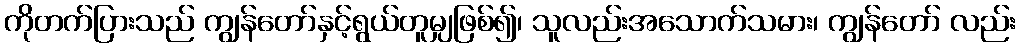
ကိုတက်ပြားသည် ကျွန်တော်နှင့်ရွယ်တူမျှဖြစ်၍၊ သူလည်းအသောက်သမား၊ ကျွန်တော် လည်း